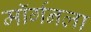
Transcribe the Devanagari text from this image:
मॉर्गनला